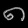
Digit: ၈